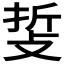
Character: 𢼺